画像に写った文字を読んでください
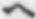
「ヘ」と書いてあります